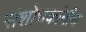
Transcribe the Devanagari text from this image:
संशोधकांनीच